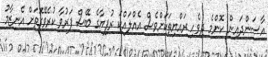
އާސަންދައިން ކޮންމެ ދިވެހި ރައްޔިތަކަށްވެސް އެއްލައްކަ ރުފިޔާގެ ބޭސް ފަރުވާ ކުރެވޭގޮތަށް އެނިޒާމު